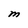
Character: M